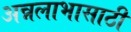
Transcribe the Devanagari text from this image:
अन्नलाभासाठी